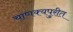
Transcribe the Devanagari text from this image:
चाणक्यपुरीत